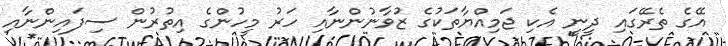
އޭގެ ތެރޭގައި ދީނީ އެކި ޖަމިއްޔާތަކުގެ ޒުވާނުންނާއި ހަރު މީހުންގެ އިތުރުން ސިފައިންނާއި